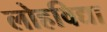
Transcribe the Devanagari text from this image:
लोहविद्या